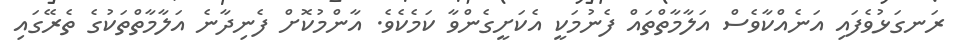
ރަނގަޅުވެފައި އަނެއްކާވެސް އަލާމާތްތައް ފެނުމަކީ އެކަށީގެންވާ ކަމެކެވެ. އާންމުކޮށް ފެނިދާނެ އަލާމާތްތަކުގެ ތެރޭގައި